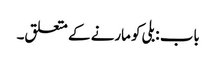
باب : بلی کو مارنے کے متعلق۔